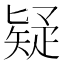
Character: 疑